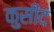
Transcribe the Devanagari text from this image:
कुसीदं